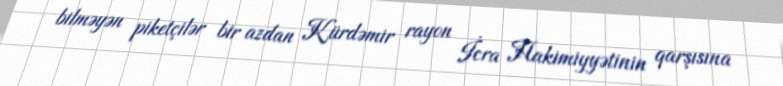
bilməyən piketçilər bir azdan Kürdəmir rayon İcra Hakimiyyətinin qarşısına